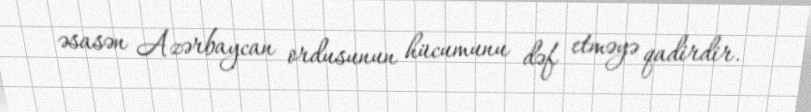
əsasən Azərbaycan ordusunun hücumunu dəf etməyə qadirdir.